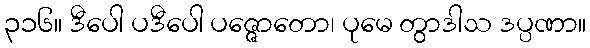
၃၁၆။ ဒီပေါ ပဒီပေါ ပဇ္ဇောတော၊ ပုမေ တွာဒါသ ဒပ္ပဏာ။